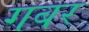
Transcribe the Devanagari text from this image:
गबर